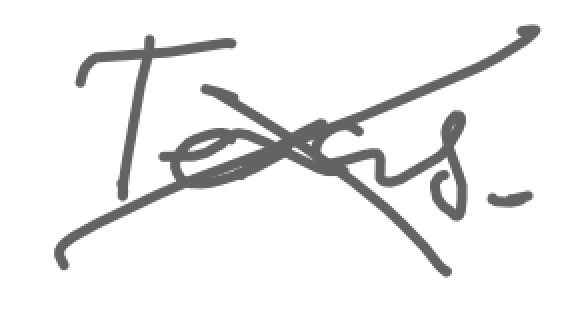
Text: Texas.
Cross-out: cross
Writing tool: digital_gray